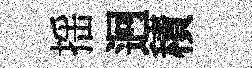
揺迥積